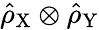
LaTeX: \hat{\rho}_{\mathrm{X}}\otimes\hat{\rho}_{\mathrm{Y}}